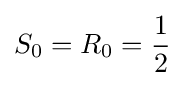
S_{0}=R_{0}={\frac {1}{2}}